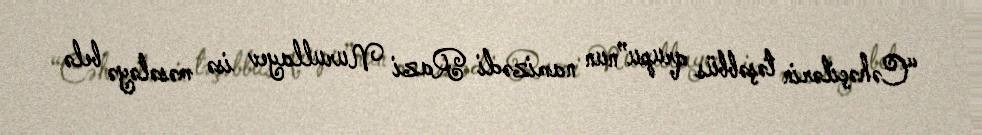
“Cəhəçilərin təşəbbüs qrupu”nun namizədi Razi Nurullayev isə məsələyə belə